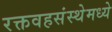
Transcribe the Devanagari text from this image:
रक्तवहसंस्थेमध्ये